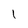
Character: l